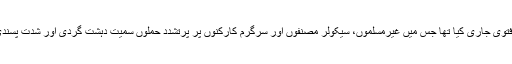
گزشتہ ہفتے بنگلہ دیش میں ایک معروف اسلامی تنظیم نے ایک فتویٰ جاری کیا تھا جس میں غیرمسلموں، سیکولر مصنفوں اور سرگرم کارکنوں پر پرتشدد حملوں سمیت دہشت گردی اور شدت پسندی کی مذمت کرتے ہوئے کہا گیا ہے کہ یہ اسلام کے منافی ہے۔